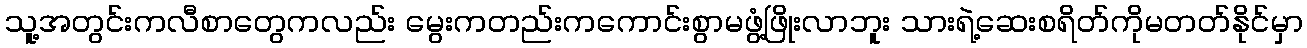
သူ့အတွင်းကလီစာတွေကလည်း မွေးကတည်းကကောင်းစွာမဖွံ့ဖြိုးလာဘူး သားရဲ့ဆေးစရိတ်ကိုမတတ်နိုင်မှာ